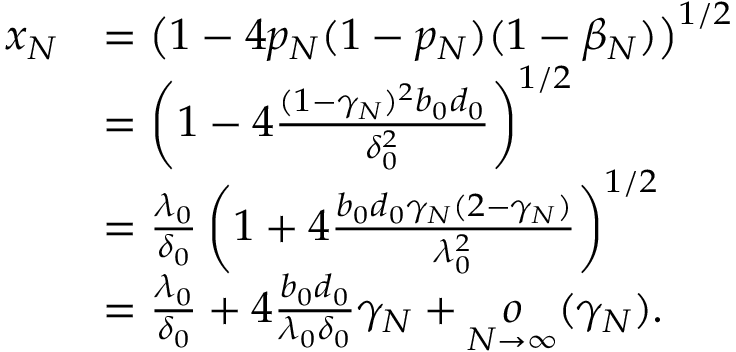
\begin{array} { r l } { x _ { N } } & { = \left( 1 - 4 p _ { N } ( 1 - p _ { N } ) ( 1 - \beta _ { N } ) \right) ^ { 1 / 2 } } \\ & { = \left( 1 - 4 \frac { ( 1 - \gamma _ { N } ) ^ { 2 } b _ { 0 } d _ { 0 } } { \delta _ { 0 } ^ { 2 } } \right) ^ { 1 / 2 } } \\ & { = \frac { \lambda _ { 0 } } { \delta _ { 0 } } \left( 1 + 4 \frac { b _ { 0 } d _ { 0 } \gamma _ { N } ( 2 - \gamma _ { N } ) } { \lambda _ { 0 } ^ { 2 } } \right) ^ { 1 / 2 } } \\ & { = \frac { \lambda _ { 0 } } { \delta _ { 0 } } + 4 \frac { b _ { 0 } d _ { 0 } } { \lambda _ { 0 } \delta _ { 0 } } \gamma _ { N } + \underset { N \to \infty } { o } ( \gamma _ { N } ) . } \end{array}